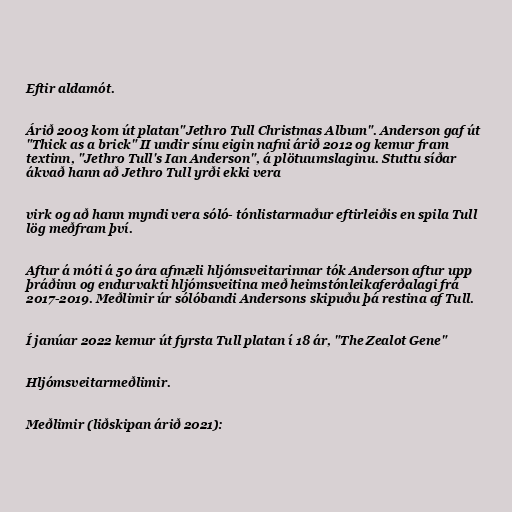
Eftir aldamót.

Árið 2003 kom út platan"Jethro Tull Christmas Album". Anderson gaf út
"Thick as a brick" II undir sínu eigin nafni árið 2012 og kemur fram
textinn, "Jethro Tull's Ian Anderson", á plötuumslaginu. Stuttu síðar
ákvað hann að Jethro Tull yrði ekki vera

virk og að hann myndi vera sóló- tónlistarmaður eftirleiðis en spila Tull
lög meðfram því.

Aftur á móti á 50 ára afmæli hljómsveitarinnar tók Anderson aftur upp
þráðinn og endurvakti hljómsveitina með heimstónleikaferðalagi frá
2017-2019. Meðlimir úr sólóbandi Andersons skipuðu þá restina af Tull.

Í janúar 2022 kemur út fyrsta Tull platan í 18 ár, "The Zealot Gene"

Hljómsveitarmeðlimir.

Meðlimir (liðskipan árið 2021):